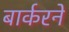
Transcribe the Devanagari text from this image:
बार्करने